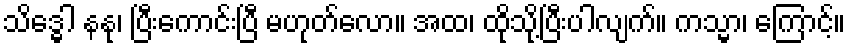
သိဒ္ဓေါ နနု၊ ပြီးကောင်းပြီ မဟုတ်လော။ အထ၊ ထိုသို့ပြီးပါလျက်။ ကသ္မာ၊ ကြောင့်။